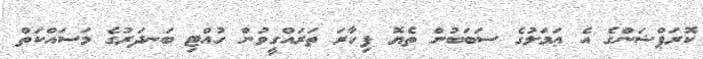
ކޮރަޕްޝަންގެ އެ ޢަމަލުގެ ސަބަބުން ތެޔޮ ފިހާރަ ތަރައްގީވުން ހުއްޓި ބަނދަރުގެ މަސައްކަތް